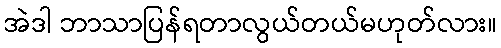
အဲဒါ ဘာသာပြန်ရတာလွယ်တယ်မဟုတ်လား။